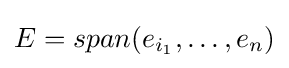
{\textstyle E=span(e_{i_{1}},\dots ,e_{n})}